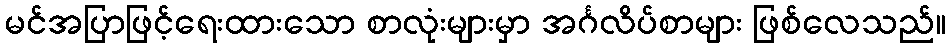
မင်အပြာဖြင့်ရေးထားသော စာလုံးများမှာ အင်္ဂလိပ်စာများ ဖြစ်လေသည်။